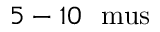
5 - 1 0 ~ \mathrm { \ m u s }